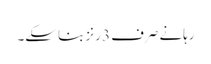
رہانے صرف 3 رنز بنا سکے۔